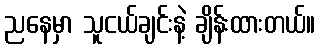
ညနေမှာ သူငယ်ချင်းနဲ့ ချိန်းထားတယ်။